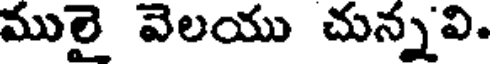
ములై వెలయు చున్నవి.